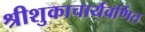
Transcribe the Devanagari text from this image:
श्रीशुकाचार्यवर्णित